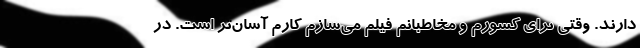
دارند. وقتی برای کشورم و مخاطبانم فیلم می‌سازم کارم آسان‌تر است. در